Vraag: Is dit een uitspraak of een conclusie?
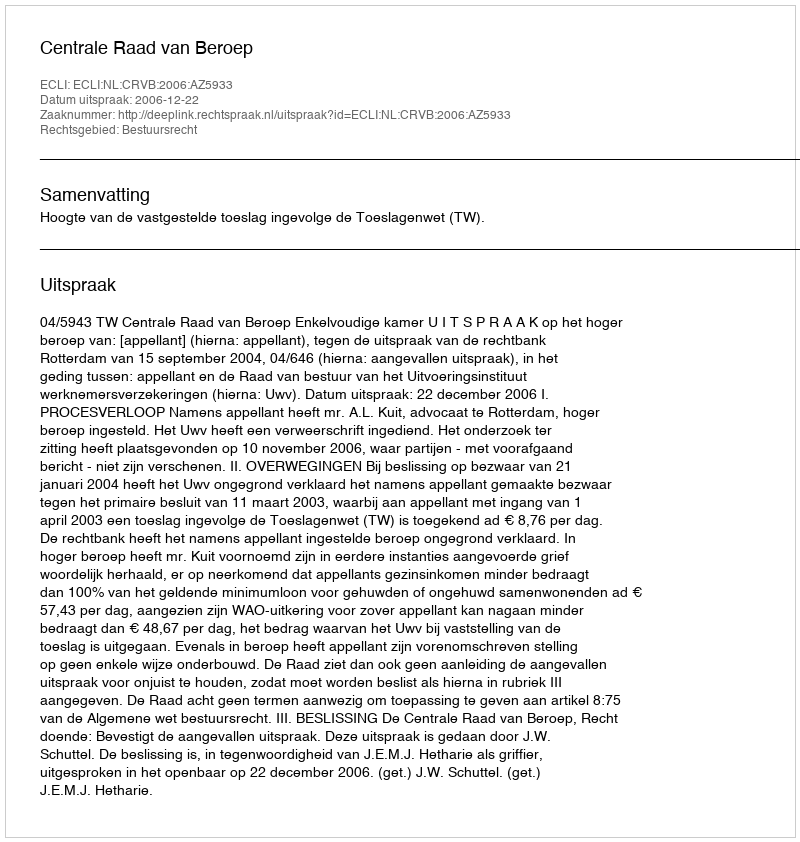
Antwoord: Uitspraak